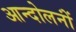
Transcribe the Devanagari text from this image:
आन्दोलनोंं